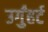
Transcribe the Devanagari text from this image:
उर्गुंहर्ट